Vaccination United Provinces of Agra and Oudh 1902-1913 - 1902-1913
Year: 1902
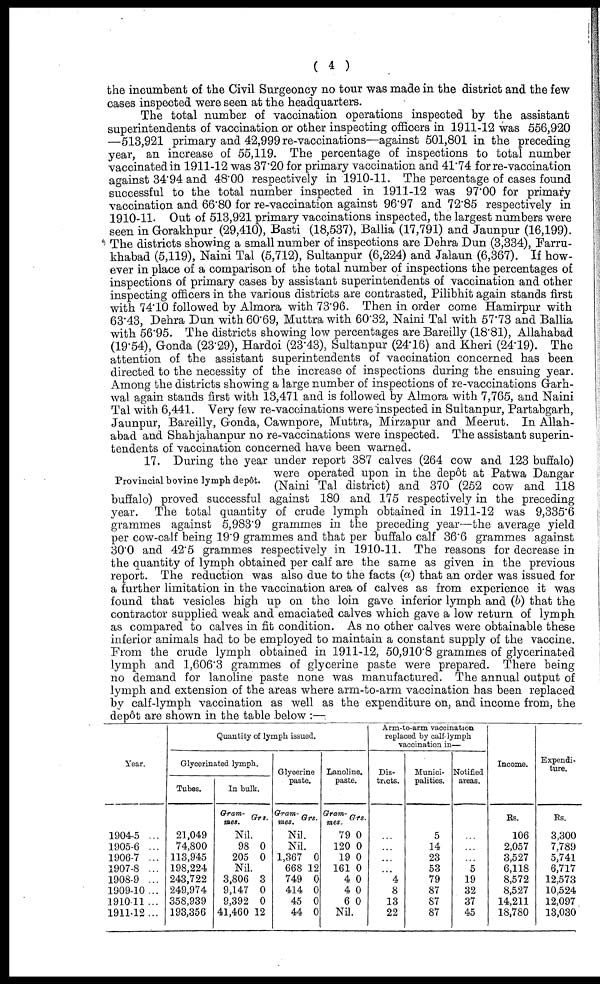
( 4 )
the incumbent of the Civil Surgeoncy no tour was made in the district and the few
cases inspected were seen at the headquarters.
The total number of vaccination operations inspected by the assistant
superintendents of vaccination or other inspecting officers in 1911-12 was 556,920
—513,921 primary and 42,999 re-vaccinations—against 501,801 in the preceding
year, an increase of 55,119. The percentage of inspections to total number
vaccinated in 1911-12 was 37.20 for primary vaccination and 41.74 for re-vaccination
against 34.94 and 48.00 respectively in 1910-11. The percentage of cases found
successful to the total number inspected in 1911-12 was 97.00 for primary
vaccination and 66.80 for re-vaccination against 96.97 and 72.85 respectively in
1910-11. Out of 513,921 primary vaccinations inspected, the largest numbers were
seen in Gorakhpur (29,410), Basti (18,537), Ballia (17,791) and Jaunpur (16,199).
The districts showing a small number of inspections are Dehra Dun (3,334), Farru¬
khabad (5,119), Naini Tal (5,712), Sultanpur (6,224) and Jalaun (6,367). If how-
ever in place of a comparison of the total number of inspections the percentages of
inspections of primary cases by assistant superintendents of vaccination and other
inspecting officers in the various districts are contrasted, Pilibhit again stands first
with 74.10 followed by Almora with 73.96. Then in order come Hamirpur with
63.43, Dehra Dun with 60.69, Muttra with 60.32, Naini Tal with 57.73 and Ballia
with 56.95. The districts showing low percentages are Bareilly (18.81), Allahabad
(19.54), Gonda (23.29), Hardoi (23.43), Sultanpur (24.16) and Kheri (24.19). The
attention of the assistant superintendents of vaccination concerned has been
directed to the necessity of the increase of inspections during the ensuing year.
Among the districts showing a large number of inspections of re-vaccinations Garh¬
wal again stands first with 13,471 and is followed by Almora with 7,765, and Naini
Tal with 6,441. Very few re-vaccinations were inspected in Sultanpur, Partabgarh,
Jaunpur, Bareilly, Gonda, Cawnpore, Muttra, Mirzapur and Meerut. In Allah-
abad and Shahjahanpur no re-vaccinations were inspected. The assistant superin-
tendents of vaccination concerned have been warned.
Provincial bovine lymph depôt.
17. During the year under report 387 calves (264 cow and 123 buffalo)
were operated upon in the depôt at Patwa Dangar
(Naini Tal district) and 370 (252 cow and 118
buffalo) proved successful against 180 and 175 respectively in the preceding
year. The total quantity of crude lymph obtained in 1911-12 was 9,335.6
grammes against 5,983.9 grammes in the preceding year—the average yield
per cow-calf being 19.9 grammes and that per buffalo calf 36.6 grammes against
30.0 and 42.5 grammes respectively in 1910-11. The reasons for decrease in
the quantity of lymph obtained per calf are the same as given in the previous
report. The reduction was also due to the facts (a) that an order was issued for
a further limitation in the vaccination area of calves as from experience it was
found that vesicles high up on the loin gave inferior lymph and (b) that the
contractor supplied weak and emaciated calves which gave a low return of lymph
as compared to calves in fit condition. As no other calves were obtainable these
inferior animals had to be employed to maintain a constant supply of the vaccine.
From the crude lymph obtained in 1911-12, 50,910.8 grammes of glycerinated
lymph and 1,606.3 grammes of glycerine paste were prepared. There being
no demand for lanoline paste none was manufactured. The annual output of
lymph and extension of the areas where arm-to-arm vaccination has been replaced
by calf-lymph vaccination as well as the expenditure on, and income from, the
depôt are shown in the table below :—.
Year.
1904-5 ...
1905-6 ...
1906-7 ...
1907-8 ...
1908-9 ...
1909-10...
1910-11 ...
1911-12...
Quantity of lymph issued.
Glycerinated lymph.
Tubes.
21,049
74,800
113,945
198,224
243,722
249,974
358,939
193,356
In bulk.
Gram-
mes. Grs.
Nil.
98
205
0
0
Nil.
3,806
9,147
9,392
41,460
3
0
0
12
Glycerine
paste.
Gram-
mes. Grs.
Nil.
Nil.
1,367
668
749
414
45
44
0
12
0
0
0
0
Lanoline.
paste.
Gram¬
mes.
79
120
19
161
4
4
6
Grs.
0
0
0
0
0
0
0
Nil.
Arm-to-arm vaccination
replaced by calf lymph
vaccination in—
Dis-
tricts.
...
...
...
...
4
8
13
22
Munici-
palities.
5
14
23
53
79
87
87
87
Notified
areas.
...
...
...
5
19
32
37
45
Income.
Rs.
106
2,057
3,527
6,118
8,572
8,527
14,211
18,780
Expendi-
ture.
Rs.
3,300
7,789
5,741
6,717
12,573
10,524
12,097
13,030